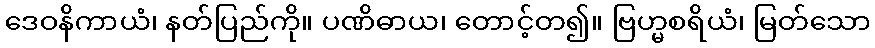
ဒေဝနိကာယံ၊ နတ်ပြည်ကို။ ပဏိဓာယ၊ တောင့်တ၍။ ဗြဟ္မစရိယံ၊ မြတ်သော